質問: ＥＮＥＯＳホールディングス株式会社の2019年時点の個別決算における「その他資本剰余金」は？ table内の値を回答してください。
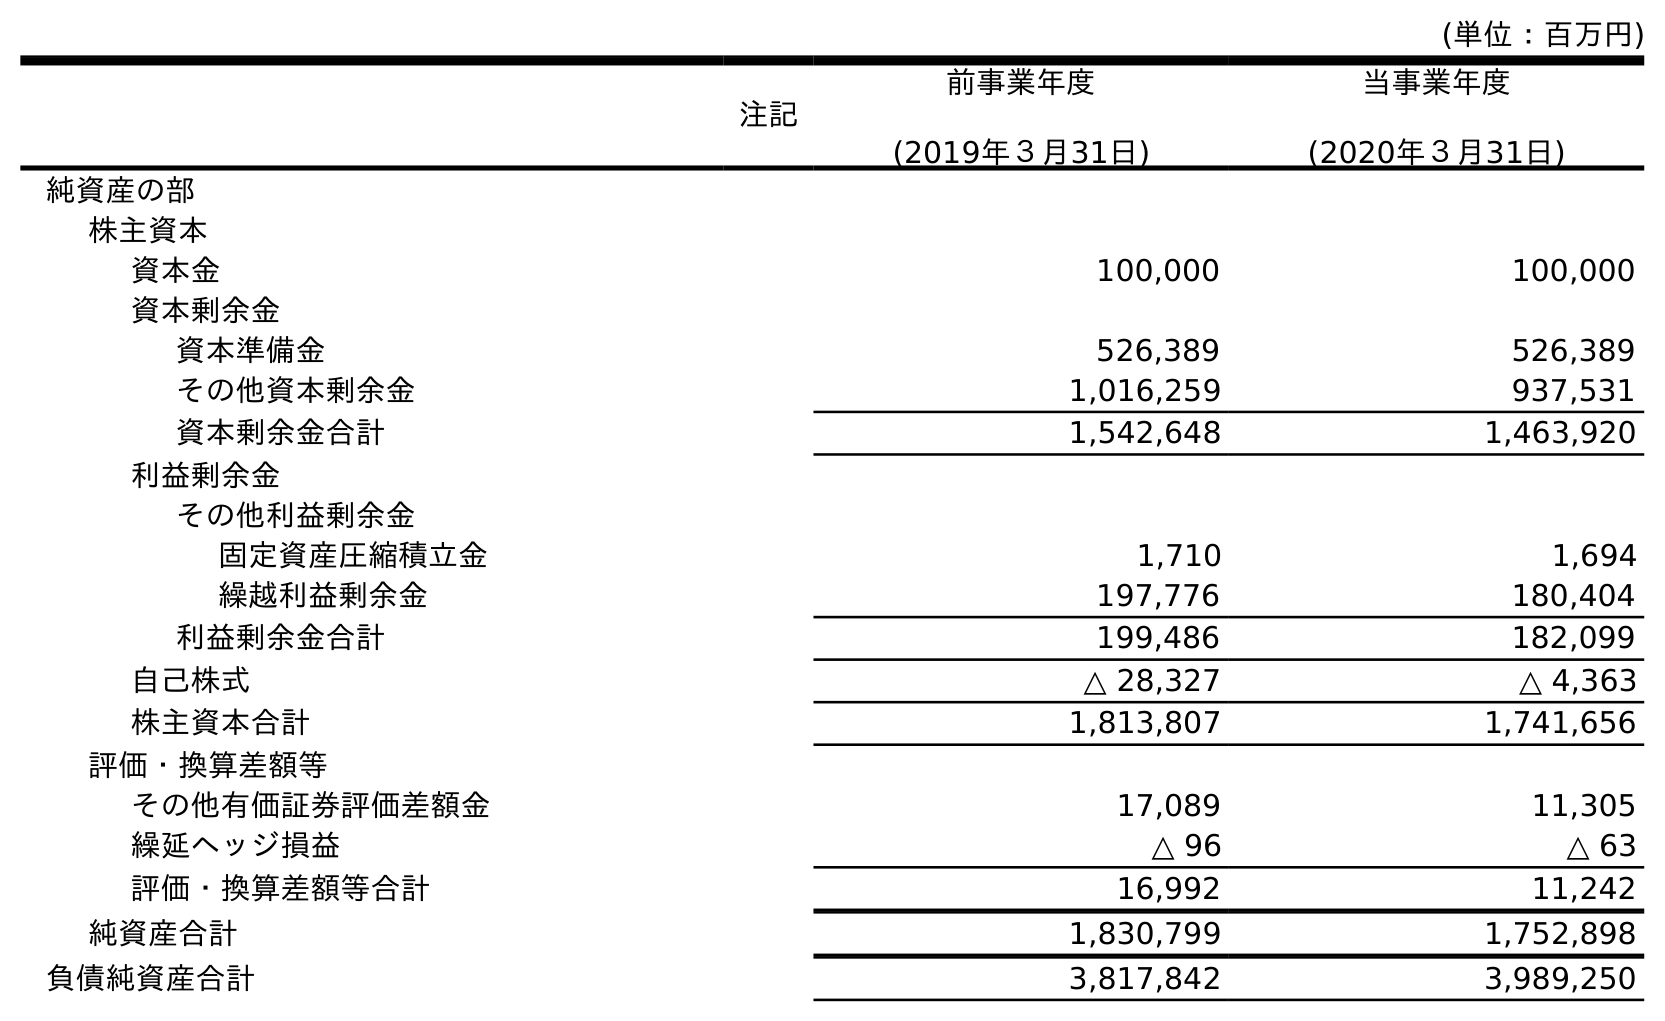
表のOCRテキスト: (単位：百万円) 注記 前事業年度 (2019年３月31日) 当事業年度 (2020年３月31日) 純資産の部 株主資本 資本金 100,000 100,000 資本剰余金 資本準備金 526,389 526,389 その他資本剰余金 1,016,259 937,531 資本剰余金合計 1,542,648 1,463,920 利益剰余金 その他利益剰余金 固定資産圧縮積立金 1,710 1,694 繰越利益剰余金 197,776 180,404 利益剰余金合計 199,486 182,099 自己株式 △ 28,327 △ 4,363 株主資本合計 1,813,807 1,741,656 評価・換算差額等 その他有価証券評価差額金 17,089 11,305 繰延ヘッジ損益 △ 96 △ 63 評価・換算差額等合計 16,992 11,242 純資産合計 1,830,799 1,752,898 負債純資産合計 3,817,842 3,989,250
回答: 1,016,259